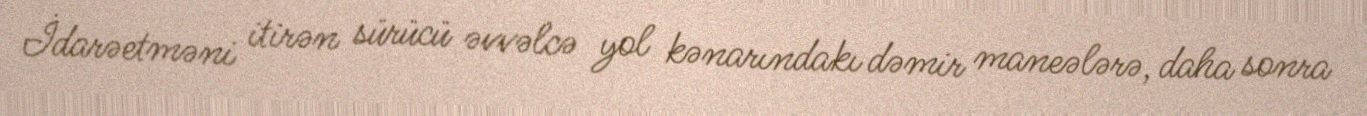
İdarəetməni itirən sürücü əvvəlcə yol kənarındakı dəmir maneələrə, daha sonra